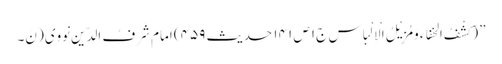
” (کَشْفُ الخِفاء وَمُزِیْلُ الْاِلْباس ج۱ ص ۱۴۱ حدیث ۴۵۹) امام شَرَفُ الدّین نَوَوِی( نَ۔